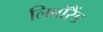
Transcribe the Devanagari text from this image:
लिब्रॉरैंड